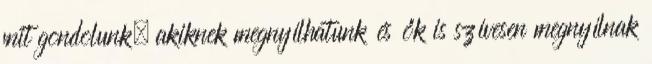
mit gondolunk, akiknek megnyílhatunk és ők is szívesen megnyílnak